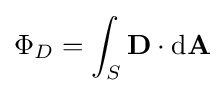
\Phi _{D}=\int _{S}\mathbf {D} \cdot \mathrm {d} \mathbf {A} \,\!